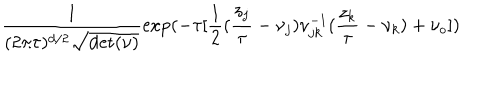
{ \frac { 1 } { ( 2 \pi \tau ) ^ { d / 2 } \sqrt { \mathrm { d e t } ( \nu ) } } } \mathrm { e x p } ( - \tau [ { \frac { 1 } { 2 } } ( { \frac { z _ { j } } { \tau } } - \nu _ { j } ) \nu _ { j k } ^ { - 1 } ( { \frac { z _ { k } } { \tau } } - \nu _ { k } ) + \nu _ { o } ] )